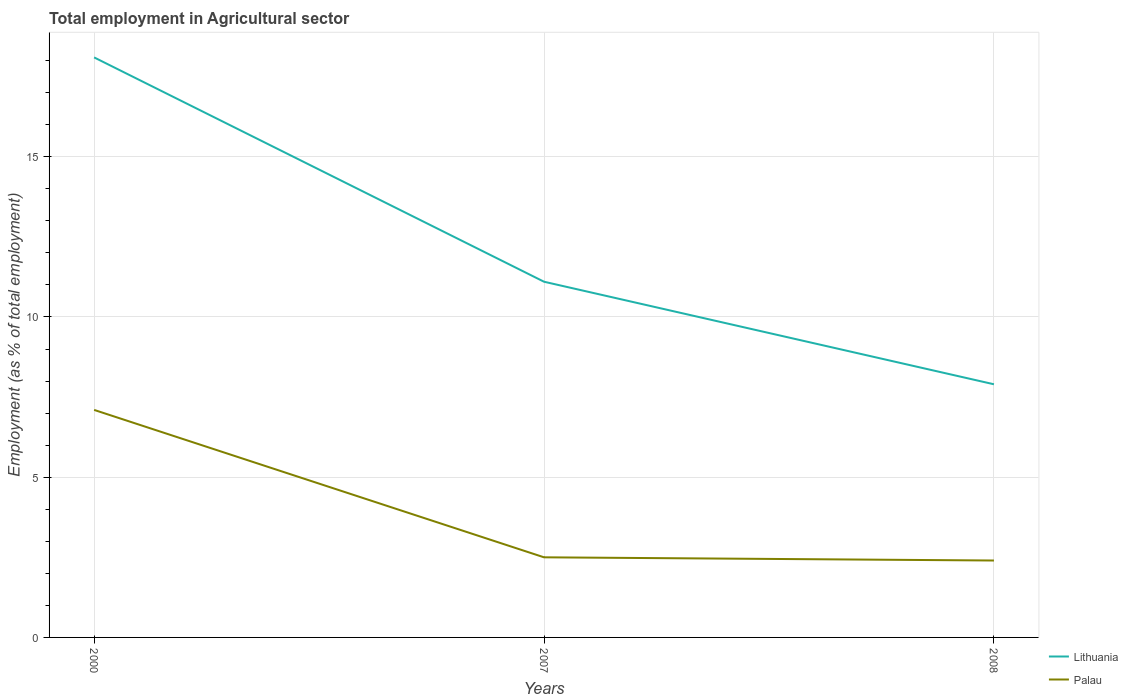
| Years | Lithuania | Palau |
 | --- | --- | --- |
 | 2000 | 18.1 | 7.1 |
 | 2007 | 11.1 | 2.5 |
 | 2008 | 7.9 | 2.4 |